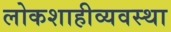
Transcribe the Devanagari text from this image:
लोकशाहीव्यवस्था